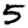
Digit: 5